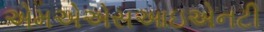
એમએએસઆઇએનટી